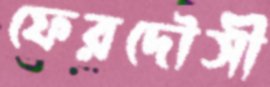
ফেরদৌসী